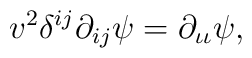
v^2 \delta^{i j} \partial_{i j} \psi = \partial_{\iota \iota}\psi,